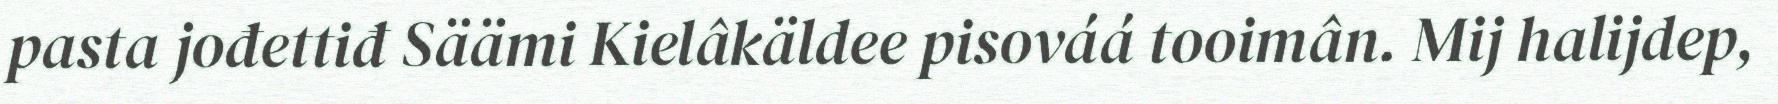
pasta jođettiđ Säämi Kielâkäldee pisováá tooimân. Mij halijdep,